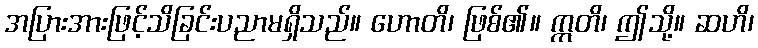
အပြားအားဖြင့်သိခြင်းပညာမရှိသည်။ ဟောတိ၊ ဖြစ်၏။ ဣတိ၊ ဤသို့။ ဆဟိ၊